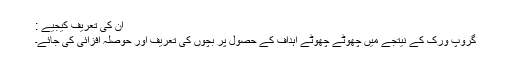
ان کی تعریف کیجیے :
گروپ ورک کے نیتجے میں چھوٹے چھوٹے اہداف کے حصول پر بچوں کی تعریف اور حوصلہ افزائی کی جائے۔